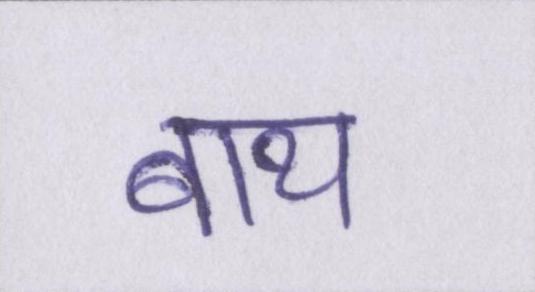
बाथ